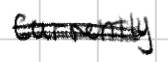
Text: currently
Cross-out: mix
Writing tool: digital_black